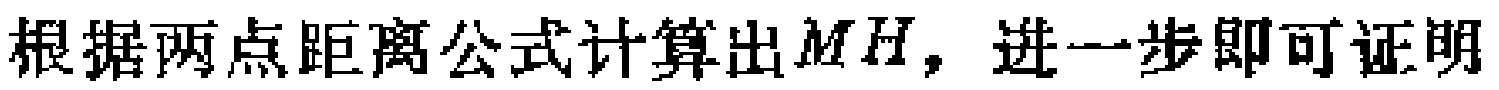
根据两点距离公式计算出\(MH\)，进一步即可证明